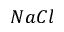
N a C l